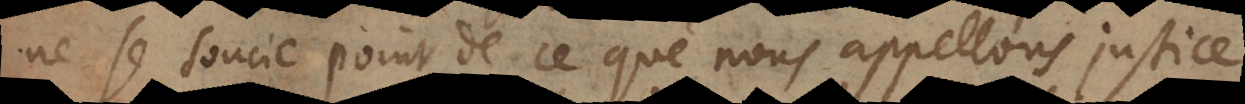
ne se soucie point de ce que nous appellons justice